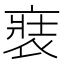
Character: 𧚌